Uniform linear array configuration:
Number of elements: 16
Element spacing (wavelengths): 0.5
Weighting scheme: exponential
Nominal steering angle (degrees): -30
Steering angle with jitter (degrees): -31.011
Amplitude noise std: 0.05
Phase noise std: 0.05

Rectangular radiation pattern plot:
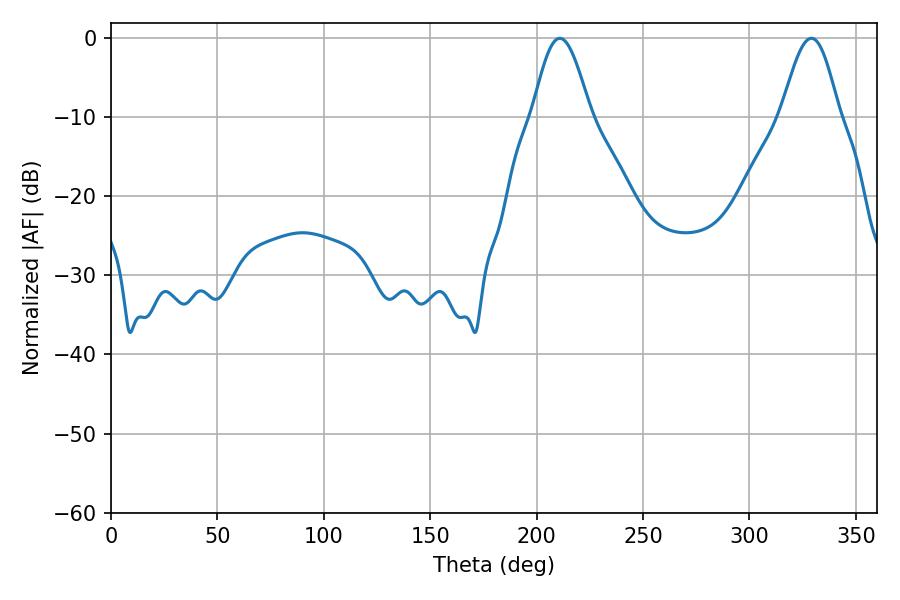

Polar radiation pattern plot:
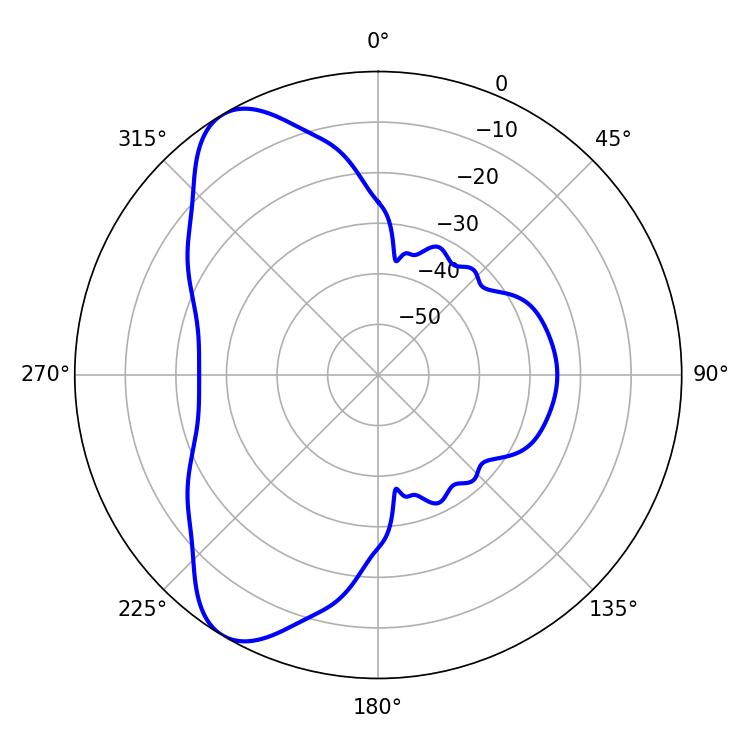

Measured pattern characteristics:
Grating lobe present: FALSE
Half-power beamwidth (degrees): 14.4
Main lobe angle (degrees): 210.96